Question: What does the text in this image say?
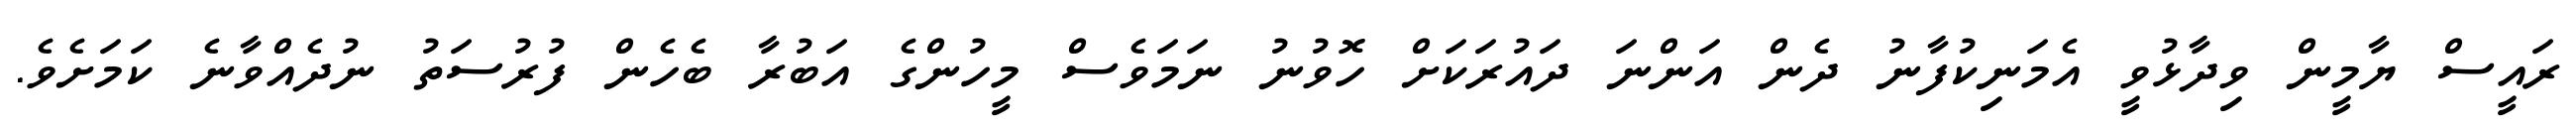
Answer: ރައީސް ޔާމީން ވިދާޅުވީ އެމަނިކުފާނު ދެން އަންނަ ދައުރަކަށް ހޮވުނު ނަމަވެސް މީހުންގެ އަބުރާ ބެހެން ފުރުސަތު ނުދެއްވާނެ ކަމަށެވެ.